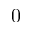
0